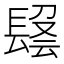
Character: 𨲑